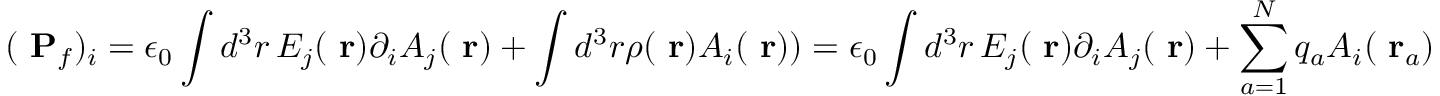
( \mathrm { \bf ~ P } _ { f } ) _ { i } = \epsilon _ { 0 } \int d ^ { 3 } r \, E _ { j } ( \mathrm { \bf ~ r } ) \partial _ { i } A _ { j } ( \mathrm { \bf ~ r } ) + \int d ^ { 3 } r \rho ( \mathrm { \bf ~ r } ) A _ { i } ( \mathrm { \bf ~ r } ) ) = \epsilon _ { 0 } \int d ^ { 3 } r \, E _ { j } ( \mathrm { \bf ~ r } ) \partial _ { i } A _ { j } ( \mathrm { \bf ~ r } ) + \sum _ { a = 1 } ^ { N } q _ { a } A _ { i } ( \mathrm { \bf ~ r } _ { a } )